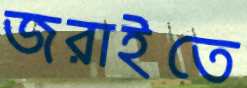
জরাইতে